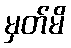
မှတ်မိ